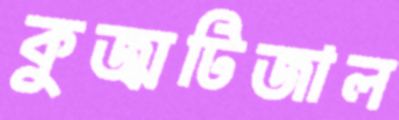
কুজ্ঝটিজাল